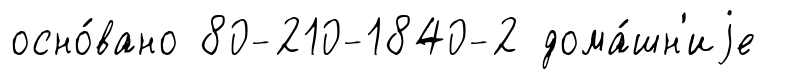
осно́вано 80-210-1840-2 дома́шн'иjе